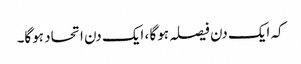
کہ ایک دن فیصلہ ہوگا ، ایک دن اتحاد ہوگا۔